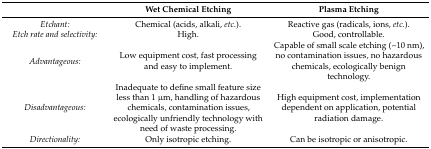
<table><thead><tr><td></td><td><b>Wet Chemical Etching</b></td><td><b>Plasma Etching</b></td></tr></thead><tbody><tr><td><i>Etchant:</i></td><td>Chemical (acids, alkali, <i>etc.</i>).</td><td>Reactive gas (radicals, ions, <i>etc.</i>).</td></tr><tr><td><i>Etch rate and selectivity:</i></td><td>High.</td><td>Good, controllable.</td></tr><tr><td><i>Advantageous:</i></td><td>Low equipment cost, fast processing and easy to implement.</td><td>Capable of small scale etching (~10 nm), no contamination issues, no hazardous chemicals, ecologically benign technology.</td></tr><tr><td><i>Disadvantageous:</i></td><td>Inadequate to define small feature size less than 1 μm, handling of hazardous chemicals, contamination issues, ecologically unfriendly technology with need of waste processing.</td><td>High equipment cost, implementation dependent on application, potential radiation damage.</td></tr><tr><td><i>Directionality:</i></td><td>Only isotropic etching.</td><td>Can be isotropic or anisotropic.</td></tr></tbody></table>